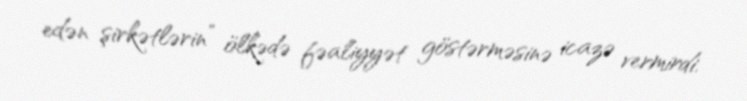
edən şirkətlərin” ölkədə fəaliyyət göstərməsinə icazə vermirdi.